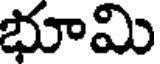
భూమి